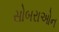
સોબરાઓન